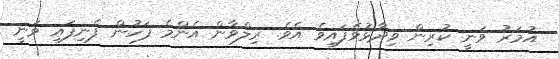
އުމަރު ވަނީ ކުރިން ވިދާޅުވެފައިވެ އެވެ. ރިލްވާން އެންމެ ފަހުން ފެނިފައި ވަނީ